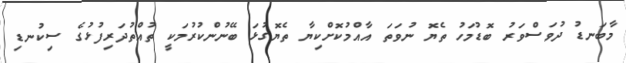
މާބަނޑު ދުވަސްވަރު ބޮޑުމަހު ތެޔޮ ނުވަތަ އާއްމުކޮށްކިޔާ ތެޔޮގުޅަ ބޭނުންކުރުމަކީ ތުއްތުދަރިފުޅުގެ ސިކުނޑި